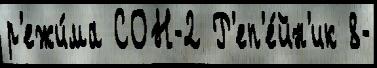
р'ежи́ма СОН-2 Р'еп'е́йн'ик 8-